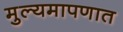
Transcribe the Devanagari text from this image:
मुल्यमापणात